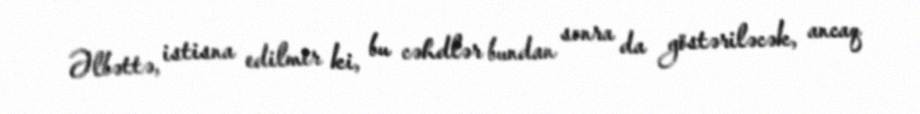
Əlbəttə, istisna edilmir ki, bu cəhdlər bundan sonra da göstəriləcək, ancaq